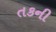
તકની